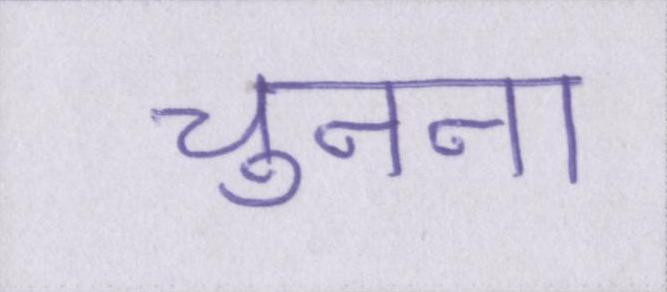
चुनना